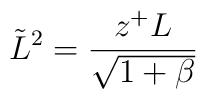
\tilde{L}^2 = \frac{ z^{+} L}{\sqrt{1+\beta}}